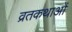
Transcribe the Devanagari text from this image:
व्रतकथाओं